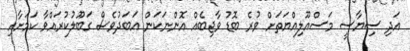
އަދި ސިޔާސީ މަސްއޫލިއްޔަތަށް ވުރެ ބޮޑު ވާޖިބެއް އޮންނަކަން އަބަދުވެސް ގަބޫލުކުރައްވާ ކަމަށާއި